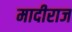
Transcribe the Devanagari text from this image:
मादीराज